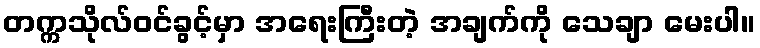
တက္ကသိုလ်ဝင်ခွင့်မှာ အရေးကြီးတဲ့ အချက်ကို သေချာ မေးပါ။